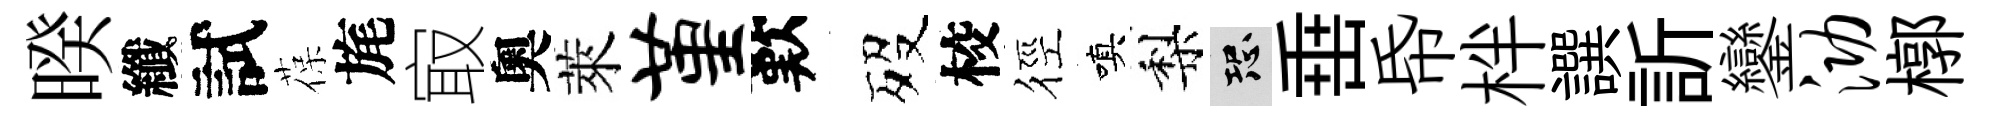
暌纖試葆旄㝡奧萊堇歎歿校徑嗔梨恐𡸁帋柈譔訢鑾泐槨